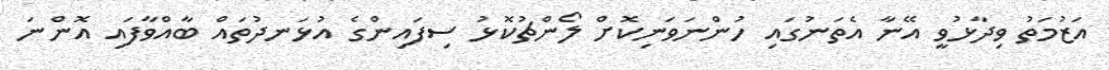
އަޒުމަތު ވިދާޅުވީ އޭނާ އެތަނުގައި ހުންނަވަނިކޮށް ލޯންޗުކޮޅު ސިފައިންގެ އުޅަނދުތައް ބާއްވާފައި އޮންނަ